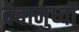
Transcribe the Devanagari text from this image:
देवानुर्ध्वो